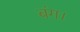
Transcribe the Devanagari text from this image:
बंग।